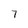
Character: 7